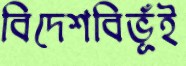
বিদেশবিভূঁই